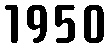
1950